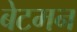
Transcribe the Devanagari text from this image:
बेटमन